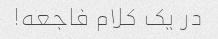
در یک کلام فاجعه!